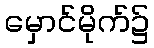
မှောင်မိုက်၌